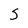
Character: S